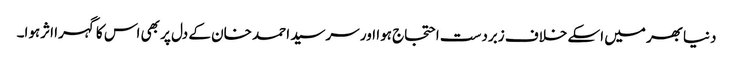
دنیابھر میں اسکے خلاف زبردست احتجاج ہوا اور سرسید احمد خان کے دل پر بھی اس کا گہرا اثرہوا۔